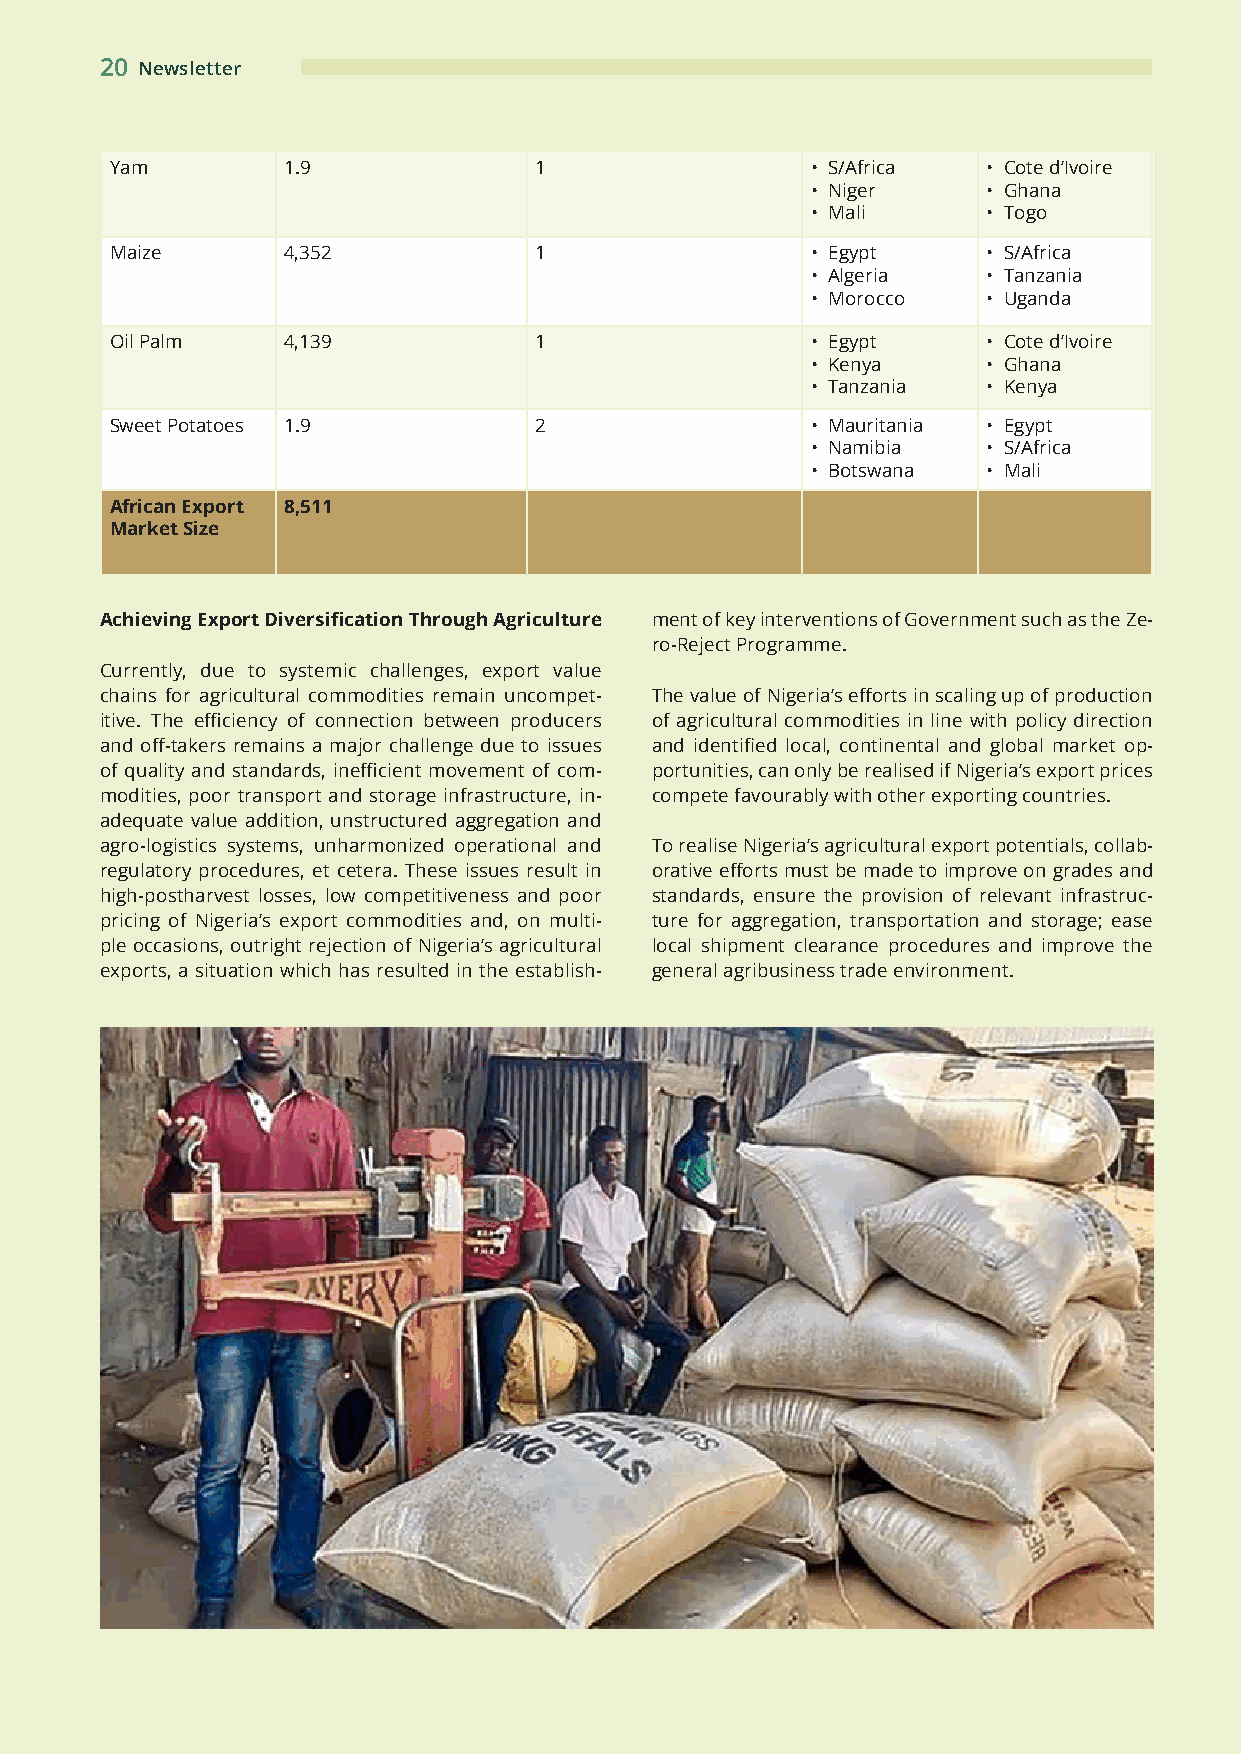
20 Newsletter
 Yam         1.9             1                  • S/Africa • Cote d’Ivoire
 • Niger    • Ghana
 • Mali     • Togo
 Maize       4,352           1                  • Egypt    • S/Africa
 • Algeria  • Tanzania
 • Morocco  • Uganda
 Oil Palm    4,139           1                  • Egypt    • Cote d’Ivoire
 • Kenya    • Ghana
 • Tanzania • Kenya
 Sweet Potatoes 1.9          2                  • Mauritania • Egypt
 • Namibia  • S/Africa
 • Botswana • Mali
 African Export 8,511
 Market Size
 Achieving Export Diversification Through Agriculture ment of key interventions of Government such as the Ze-
 ro-Reject Programme.
 Currently, due to systemic challenges, export value
 chains for agricultural commodities remain uncompet- The value of Nigeria’s efforts in scaling up of production
 itive. The efficiency of connection between producers of agricultural commodities in line with policy direction
 and off-takers remains a major challenge due to issues and identified local, continental and global market op-
 of quality and standards, inefficient movement of com- portunities, can only be realised if Nigeria’s export prices
 modities, poor transport and storage infrastructure, in- compete favourably with other exporting countries.
 adequate value addition, unstructured aggregation and
 agro-logistics systems, unharmonized operational and To realise Nigeria’s agricultural export potentials, collab-
 regulatory procedures, et cetera. These issues result in orative efforts must be made to improve on grades and
 high-postharvest losses, low competitiveness and poor standards, ensure the provision of relevant infrastruc-
 pricing of Nigeria’s export commodities and, on multi- ture for aggregation, transportation and storage; ease
 ple occasions, outright rejection of Nigeria’s agricultural local shipment clearance procedures and improve the
 exports, a situation which has resulted in the establish- general agribusiness trade environment.